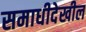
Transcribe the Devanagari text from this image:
समाधीदेखील